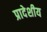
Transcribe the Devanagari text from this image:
प्रादेशीय